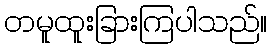
တမူထူးခြားကြပါသည်။